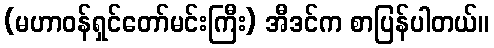
(မဟာဝန်ရှင်တော်မင်းကြီး) အီဒင်က စာပြန်ပါတယ်။